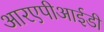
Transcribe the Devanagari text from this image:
आरएपीआईडी